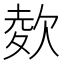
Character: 𣣋